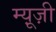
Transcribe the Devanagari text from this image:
म्यू़ज़ी